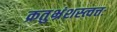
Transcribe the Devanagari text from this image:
क्रतुभ्रंशस्त्वत्तः